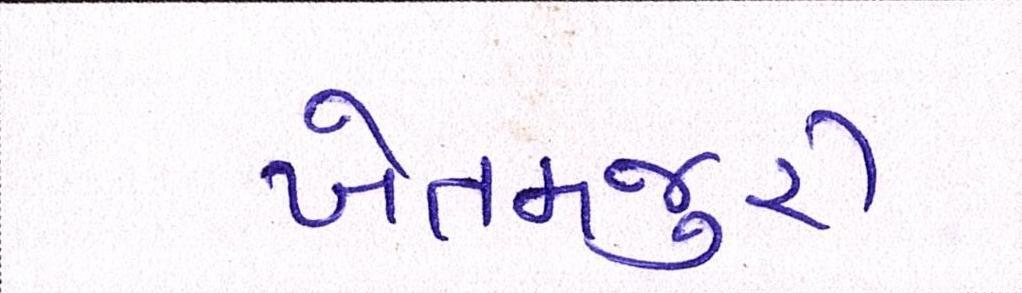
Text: ખેતમજુરી